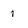
Character: 1